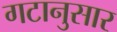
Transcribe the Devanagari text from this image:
गटानुसार